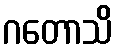
ဂတောသိ